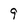
Character: 9